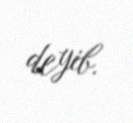
deyib.